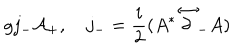
LaTeX: g j _ { - } { \cal A _ { + } } , j _ { - } = { \frac { i } { 2 } } ( A ^ { * } \stackrel { \leftrightarrow } { \partial } _ { - } A )